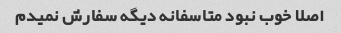
اصلا خوب نبود متاسفانه دیگه سفارش نمیدم